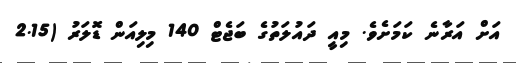
އަށް އަރާނެ ކަމަށެވެ. މިއީ ދައުލަތުގެ ބަޖެޓް 140 މިލިއަން ޑޮލަރު (2.15